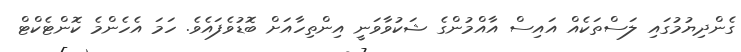
ގެންދިޔުމުގައި ލަސްތަކެއް އައިސް އާއްމުންގެ ޝަކުވާވަނީ އިންތިހާއަށް ބޮޑުވެފައެވެ. ހަމަ އެހެންމެ ކޮންޓެކްޓް